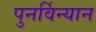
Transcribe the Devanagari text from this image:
पुनर्विन्यान